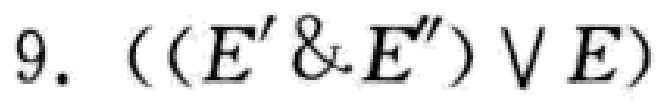
$9.\ ((E' \& E'') \vee E)$